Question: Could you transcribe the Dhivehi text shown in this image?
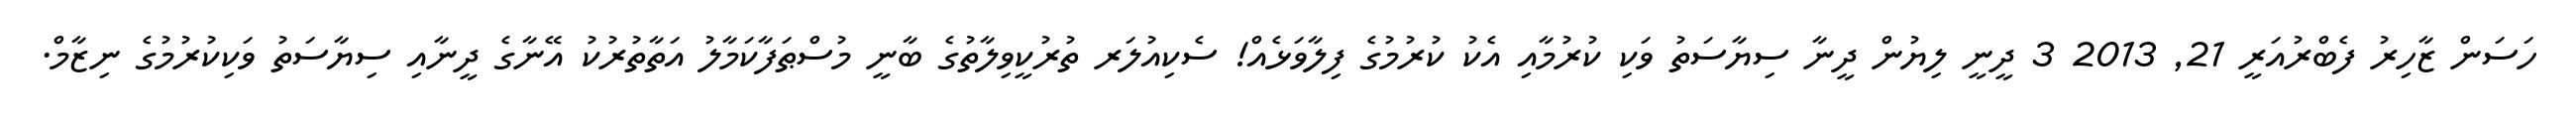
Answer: ހަސަން ޒާހިރު ފެބްރުއަރީ 21, 2013 3 ދީނީ ލިޔުން ދީނާ ސިޔާސަތު ވަކި ކުރުމާއި އެކު ކުރުމުގެ ފިލާވަޅެއް! ސެކިއުލަރ ތުރުކީވިލާތުގެ ބާނީ މުސްޠަފާކަމާލު އަތާތުރުކު އޭނާގެ ދީނާއި ސިޔާސަތު ވަކިކުރުމުގެ ނިޒާމް.